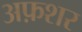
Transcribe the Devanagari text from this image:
अफ़शर